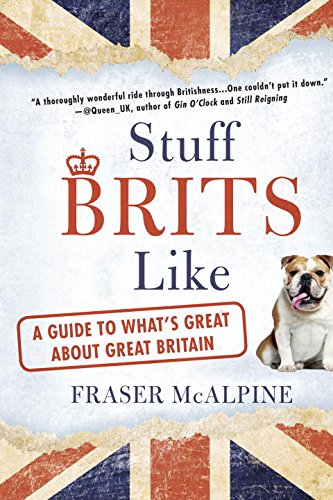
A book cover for Stuff Brits Like: A Guide to What's Great About Great Britain; Fraser McAlpine; Literature & Fiction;